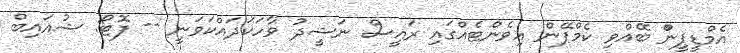
އެމްޑީޕީންް ބޭއްވި ކެމްޕޭން އިވެންޓެއްގައި ރައީސް ނަޝީދު ވާހަކަދައްކަވަނީ -- ފޮޓޯ: ޝުއައިބް